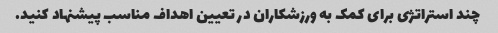
چند استراتژی برای کمک به ورزشکاران در تعیین اهداف مناسب پیشنهاد کنید.